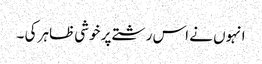
انہوں نے اس رشتے پر خوشی ظاہر کی ۔